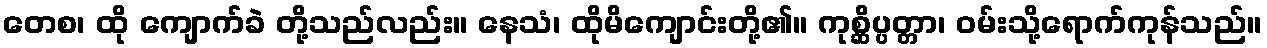
တေစ၊ ထို ကျောက်ခဲ တို့သည်လည်း။ နေသံ၊ ထိုမိကျောင်းတို့၏။ ကုစ္ဆိပ္ပတ္တာ၊ ဝမ်းသို့ရောက်ကုန်သည်။